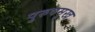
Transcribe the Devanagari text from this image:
पुरुषमुख